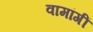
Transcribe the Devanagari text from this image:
वामांगीं